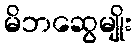
မိဘဆွေမျိုး